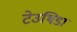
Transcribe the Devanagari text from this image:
टेउथिडा